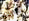
القبل